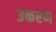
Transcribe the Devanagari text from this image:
उकरण